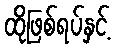
ထိုဖြစ်ရပ်နှင့်